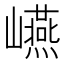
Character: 𭗬